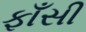
ફાઁસી